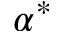
\alpha ^ { * }